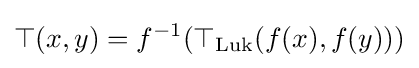
\top (x,y)=f^{-1}(\top _{\mathrm {Luk} }(f(x),f(y)))